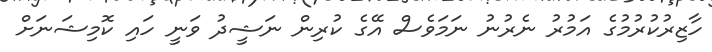
ހާޒިރުކުރުމުގެ އަމުރު ނެރުނު ނަމަވެސް އޭގެ ކުރިން ނަޝީދު ވަނީ ހައި ކޮމިޝަނަށް